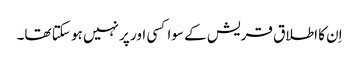
اِن کا اطلاق قریش کے سوا کسی اور پر نہیں ہو سکتا تھا۔